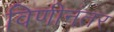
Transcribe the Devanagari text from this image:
विणीनंतर